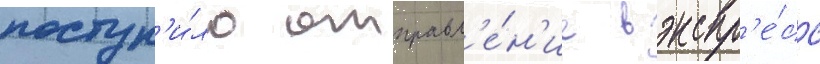
поступ'и́ло отправл'е́н'ие в экспр'е́сс